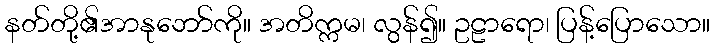
နတ်တို့၏အာနုဘော်ကို။ အတိက္ကမ၊ လွန်၍။ ဥဠာရော၊ ပြန့်ပြောသော။